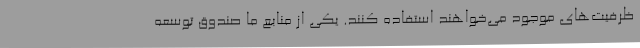
ظرفیت‌های موجود می‌خواهند استفاده کنند. یکی از منابع ما صندوق توسعه